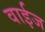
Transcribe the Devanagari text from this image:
वाईज